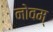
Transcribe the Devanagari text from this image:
नोवम्